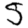
Digit: 5